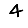
Digit: 4